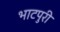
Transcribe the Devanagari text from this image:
भाटपुरी